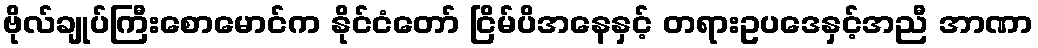
ဗိုလ်ချုပ်ကြီးစောမောင်က နိုင်ငံတော် ငြိမ်ပိအနေနှင့် တရားဥပဒေနှင့်အညီ အာဏာ